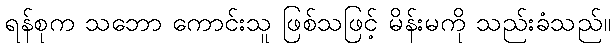
ရန်စုက သဘော ကောင်းသူ ဖြစ်သဖြင့် မိန်းမကို သည်းခံသည်။